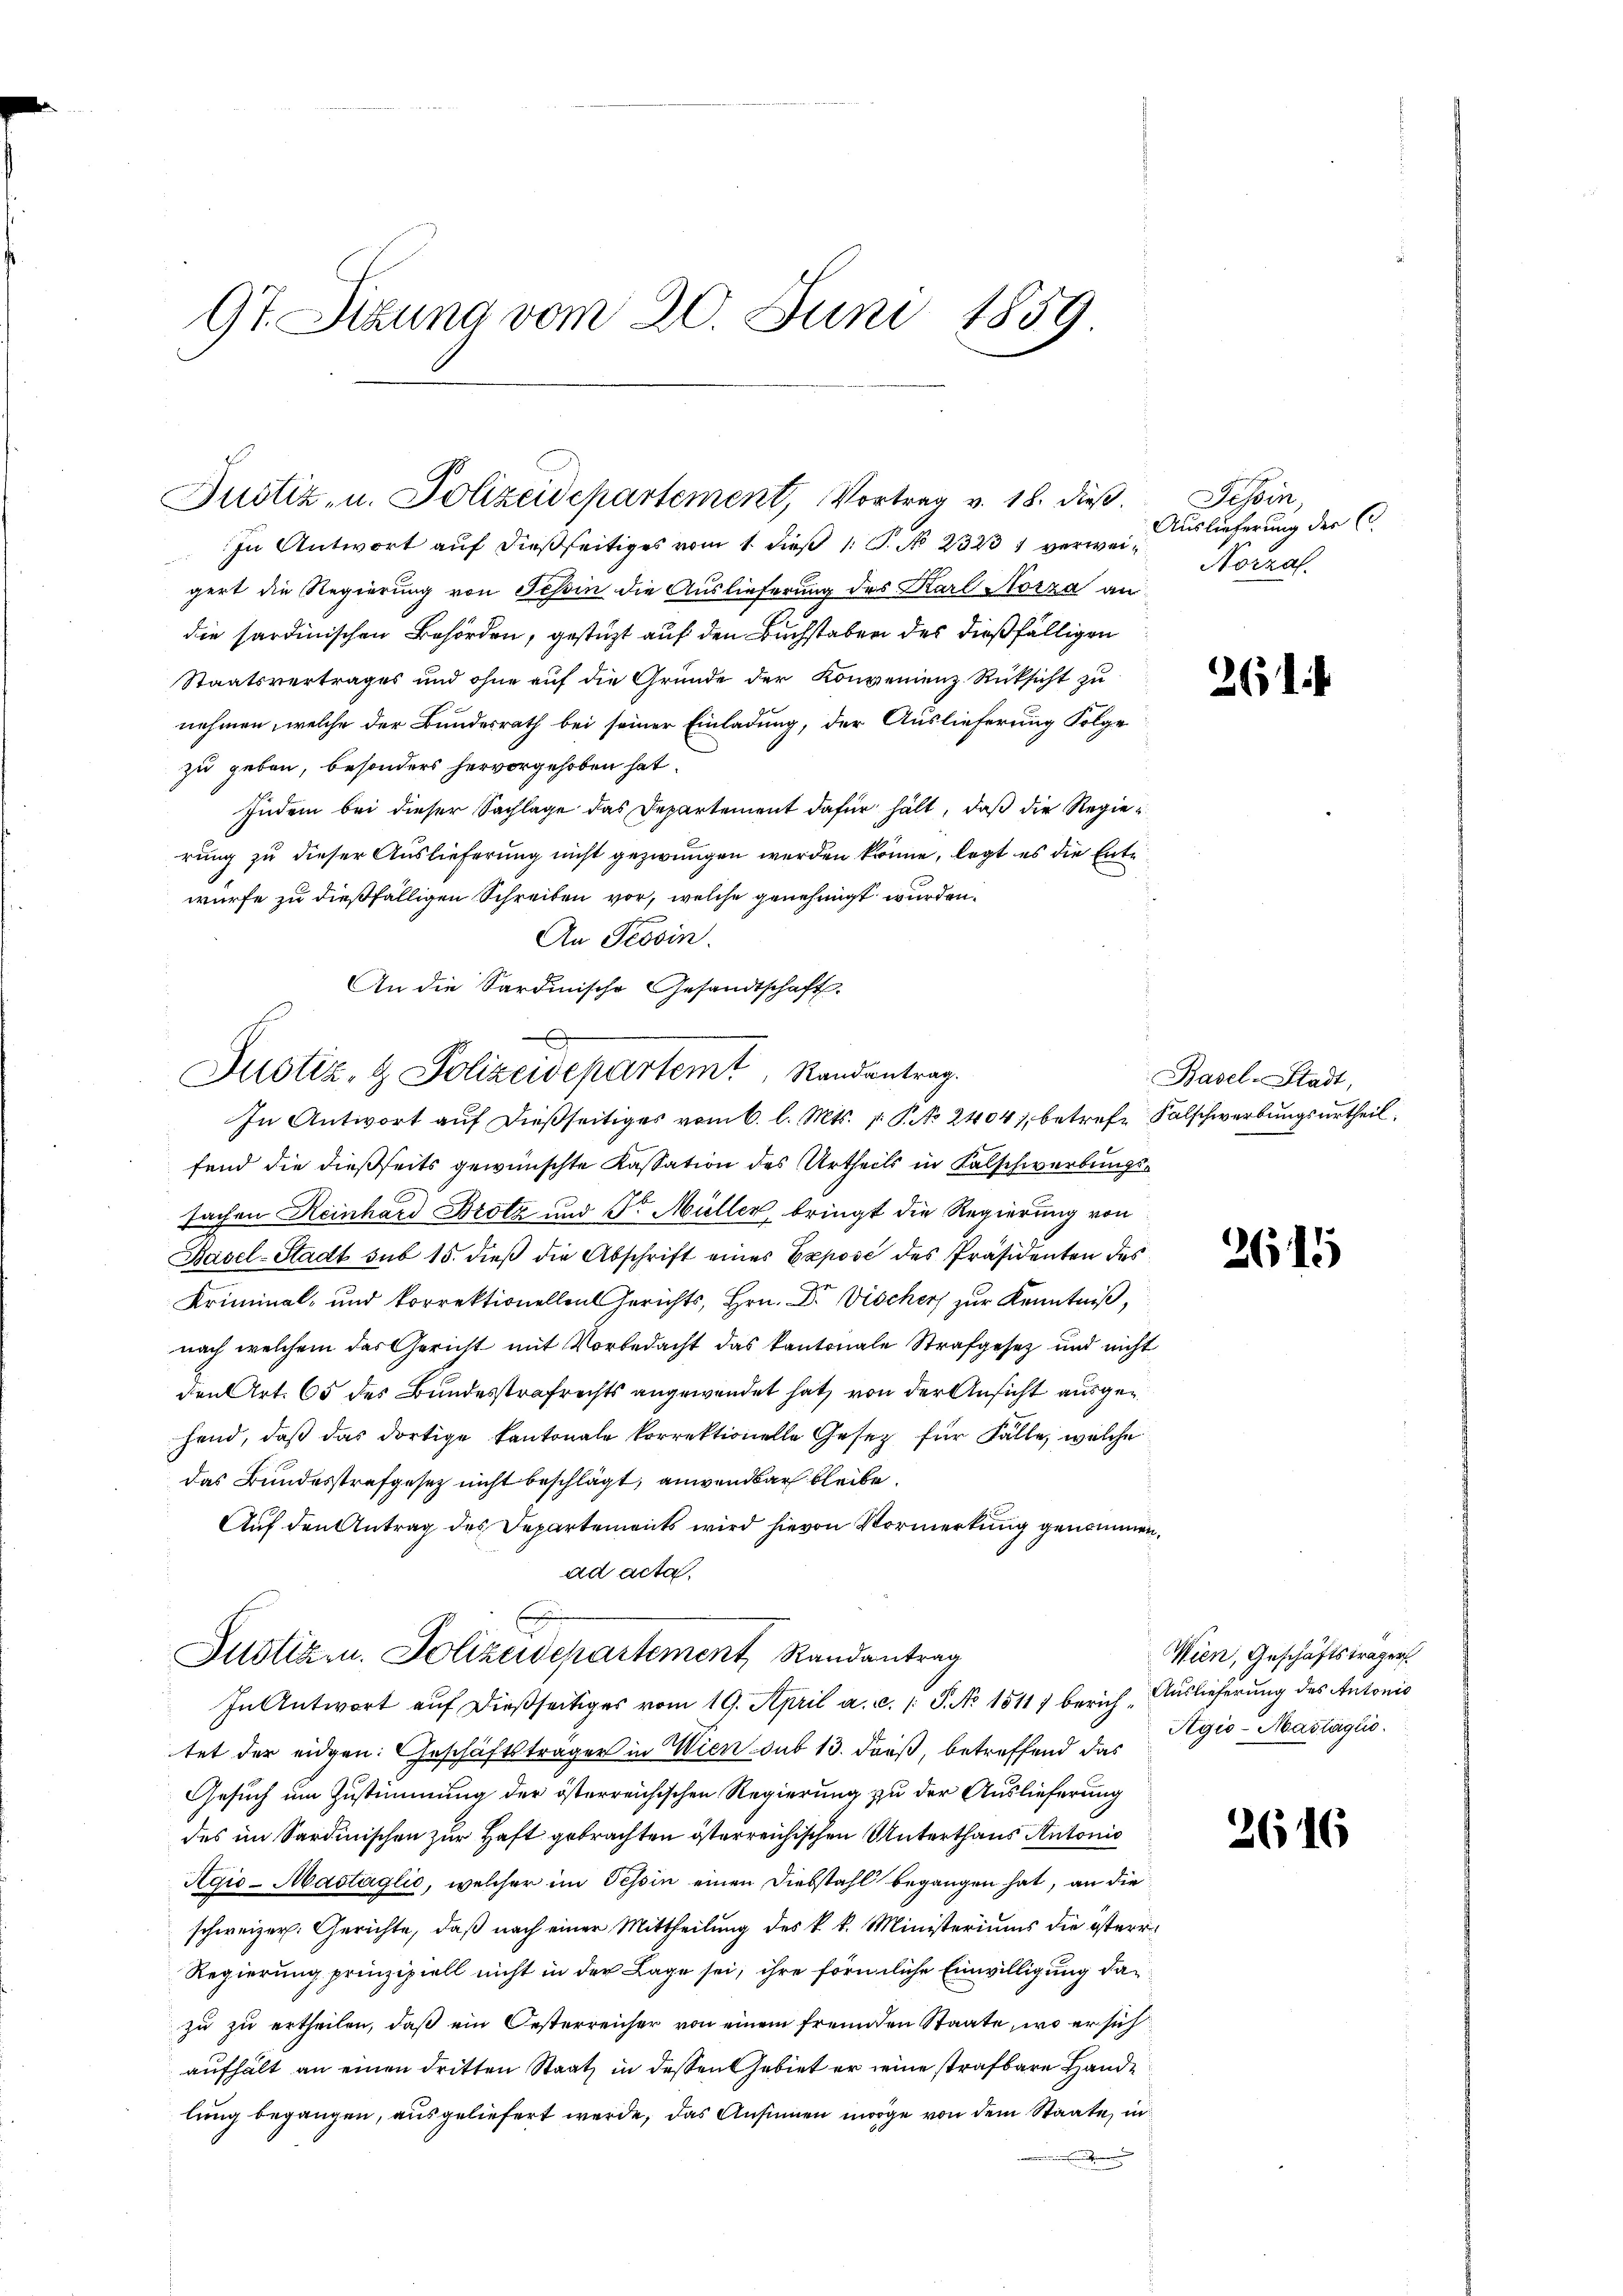
9t. Sitzung vom 20. Juni 1859

Justiz- u. Polizeidepartement, Vortrag v. 18. dieß.

In Antwort aŭf dießseitiges vom 1. dieβ 1: P. No 23231 verwei-Norza
gert die Regierung von Tessin die Auslieferung des Karl Morza an
die sardinischen Behörden, gestützt auf den Buchstaben des dießfälligen
Staatsvertrages und ohne auf die Gründe der Konvenienz Rücksicht zu
nehmen, welche der Bundesrath bei seiner Einladung, der Auslieferung Folge
zu geben, besonders hervorgehoben hat.
Indem bei dieser Sachlage das Departement dafür hält, daß die Regierung zu dieser Auslieferung nicht gezwungen werden könne, legt es die Ente
.
würfe zu dießfälligen Schreiben vor, welche genehmigt wurden.
An Tessin.
An die Sardinische Gesandtschaft.
In Antwort auf dießseitiges vom 6. l. Mts. v. P. No 2404), betrefe Falschwerbungsurtheil
fend die dießseits gewünschte Kassation des Urtheils in Kalschwerbungssachen Reinhard Brotz und Dr. Müller, bringt die Regierung von
Basel-Stadt sub 15. dieß die Abschrift eines Exposé des Präsidenten des
Kriminal- und korrektionellen Gerichts, Hrn. Dr. Vischer zur Kenntniß,
nach welchem das Gericht mit Vorbedacht das kantonale Strafgesetz und nicht
den Art. 65 des Bundesstrafrechts angewendet hat, von der Ansicht ausgehend, daß das dortige Kantonale korrektionelle Gesetz für Fälle, welche
das Bundesstrafgesetz nicht beschlägt, anwendbar bleibe.
Auf den Antrag des Departements wird hievon Vormerkung genommen,
ad acta
Justizm. Polizeidepartement, Randantrag
In Antwort auf dießseitiges vom 19. April a. c. /: P. No 1511) berichtet der eidgen: Geschäftsträger in Wien sub 13. dieß, betreffend das
Gesuch um Zustimmung der österreichischen Regierung zu der Auslieferung
des im Sardinischen zur Haft gebrachten österreichischen Unterthans Antonio
Agio-Mastaglio, welcher im Tessin einen Diebstahl begangen hat, an die
schweizer. Gerichte, daß nach einer Mittheilung des k. k. Ministeriums die österr
Regierung prinzipiell nicht in der Lage sei, ihre förmliche Einwilligung dazu zu ertheilen, daß ein Oesterreicher von einem freunden Staate, wo er sich
aufhält an einen dritten Staat in dessen Gebiet er seine strafbare Handlung begangen, ausgeliefert werde, das Ansinnen möge von dem Staate, in
e

Justiz- & Polizeidepartemt Randantrag.

Tessin,
Auslieferung der C.

261

Basel-Stadt,

2615

Wien, Geschäftsträger
Auslieferung des Antonio
Tgio-Masläglio.

2616